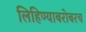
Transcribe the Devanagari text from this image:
लिहिण्याबरोबरच